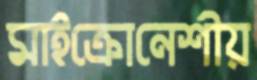
মাইক্রোনেশীয়